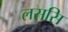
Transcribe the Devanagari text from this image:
लससि